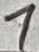
Text: 1